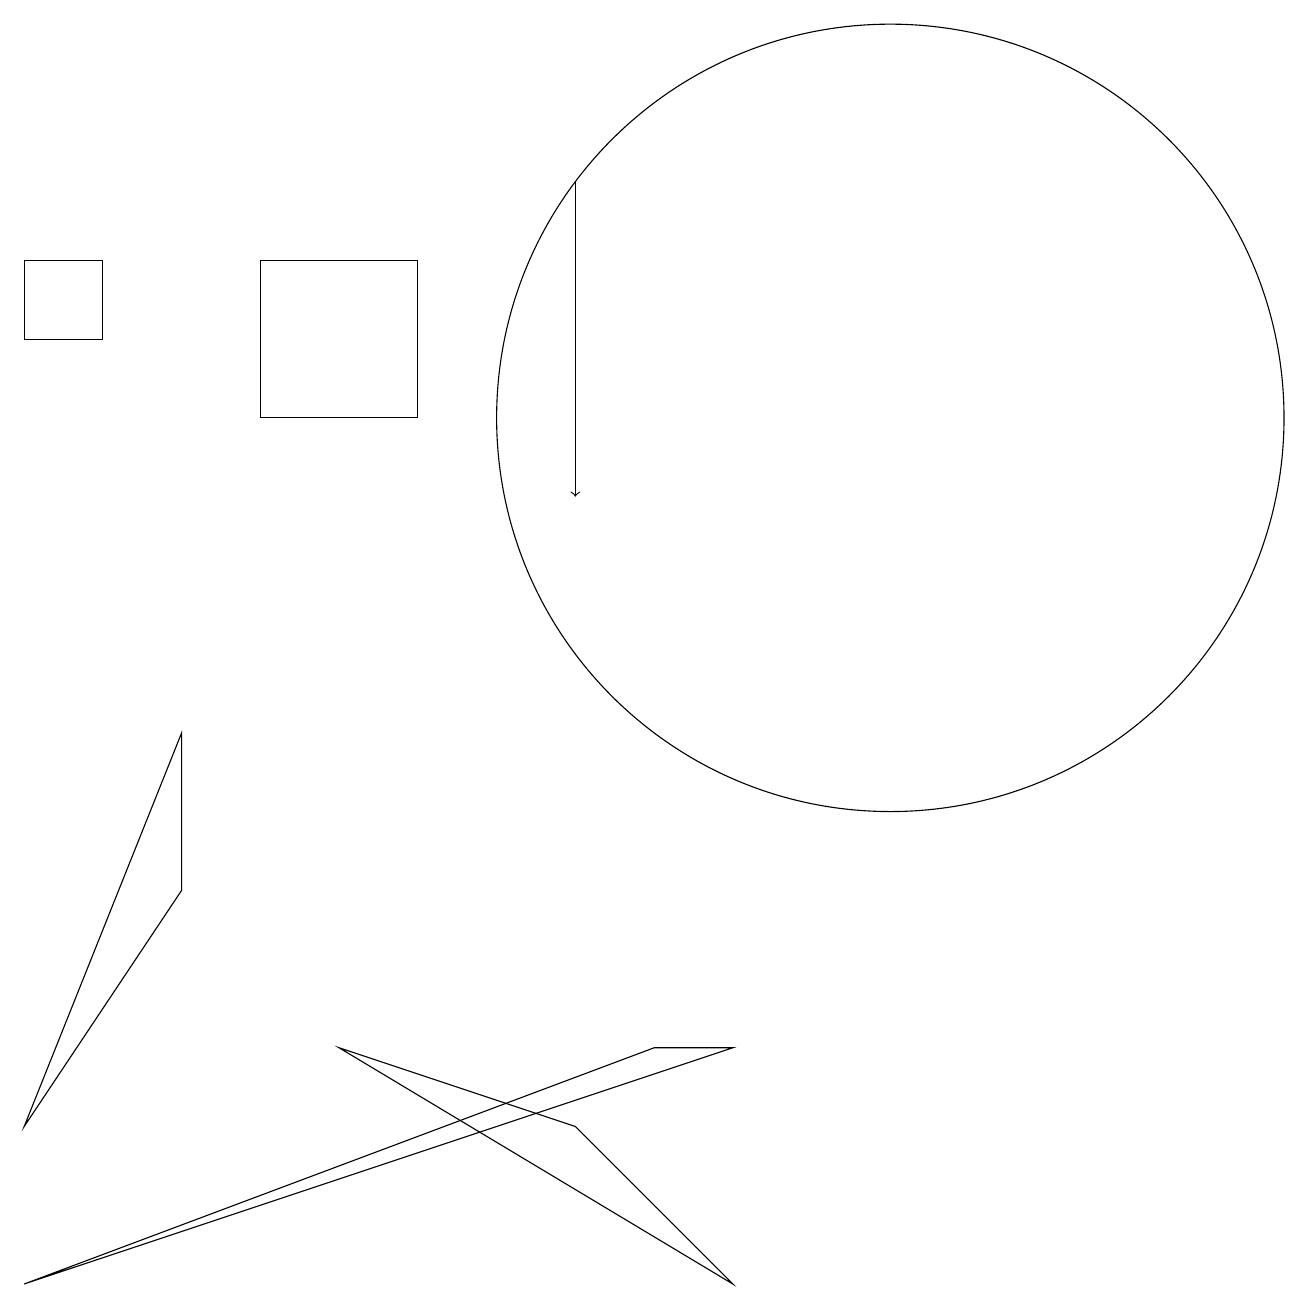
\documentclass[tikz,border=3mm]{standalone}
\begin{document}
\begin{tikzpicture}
\draw (5,13) rectangle (3,11);
\draw (0,2) -- (2,5) -- (2,7) -- cycle;
\draw (1,13) rectangle (0,12);
\draw (7,2) -- (9,0) -- (4,3) -- cycle;
\draw (9,3) -- (8,3) -- (0,0) -- cycle;
\draw[->] (7,14) -- (7,10);
\draw (11,11) circle (5);
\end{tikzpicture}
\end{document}